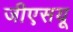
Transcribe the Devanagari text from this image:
जीएसयू